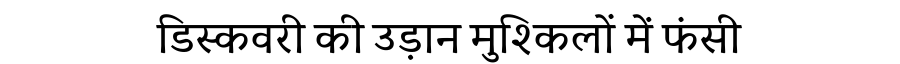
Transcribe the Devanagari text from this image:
डिस्कवरी की उड़ान मुश्किलों में फंसी